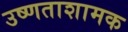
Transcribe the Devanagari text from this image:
उष्णताशामक